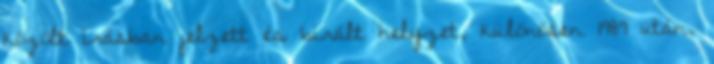
közölt írásban jelzett és bírált helyzet, különösen 1989 után,